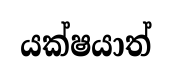
යක්ෂයාත්